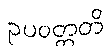
ဥပဝတ္တတိ